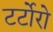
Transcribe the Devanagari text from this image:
टर्टोरो